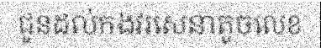
ជូនដល់កងវរសេនាតូចលេខ